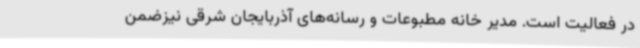
در فعالیت است. مدیر خانه مطبوعات و رسانه‌های آذربایجان شرقی نیزضمن